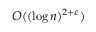
O ( ( \log n ) ^ { 2 + \varepsilon } )